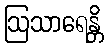
ဩသာရေန္တိ